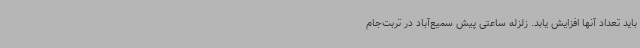
باید تعداد آنها افزایش یابد. زلزله ساعتی پیش سمیع‌آباد در تربت‌جام